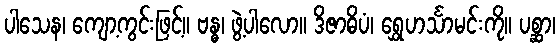
ပါသေန၊ ကျော့ကွင်းဖြင့်။ ဗန္ဓ၊ ဖွဲ့ပါလော။ ဒိဇာဓိပံ၊ ရွှေဟင်္သာမင်းကို။ ပစ္ဆာ၊